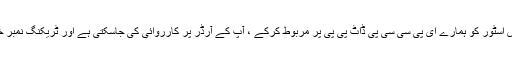
اپنے شاپائف یا ووکومیس اسٹور کو ہمارے ای پی سی سی پی ڈاٹ پی پی پر مربوط کرکے ، آپ کے آرڈر پر کارروائی کی جاسکتی ہے اور ٹریکنگ نمبر خود بخود پیدا ہوجائے گا۔